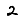
Digit: 2